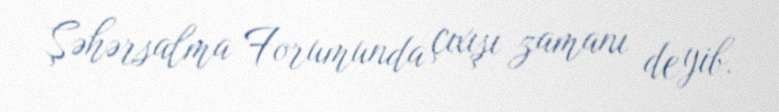
Şəhərsalma Forumunda çıxışı zamanı deyib.